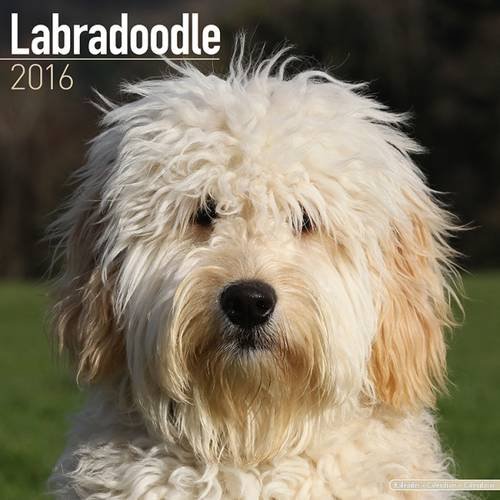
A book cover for Labradoodle Calendar - Only Dog Breed Labradoodle Calendar - 2016 Wall calendars - Dog Calendars - Monthly Wall Calendar by Avonside; MegaCalendars; Calendars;